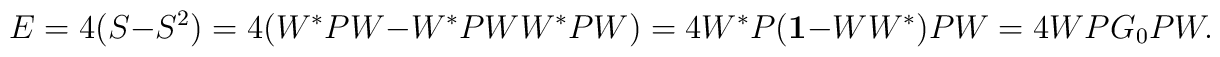
E=4(S-S^2)=4(W^*PW-W^*PWW^*PW)=4W^*P({\bf 1}-WW^*)PW=4WPG_0PW.